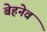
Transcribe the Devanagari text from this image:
बेहनेव